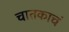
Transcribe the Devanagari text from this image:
चातकाचं